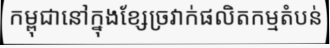
កម្ពុជានៅក្នុងខ្សែច្រវាក់ផលិតកម្មតំបន់